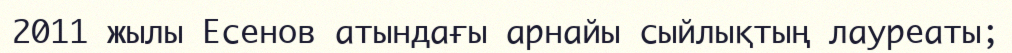
2011 жылы Есенов атындағы арнайы сыйлықтың лауреаты;